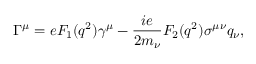
\Gamma ^ { \mu } = e F _ { 1 } ( q ^ { 2 } ) \gamma ^ { \mu } - \frac { i e } { 2 m _ { \nu } } F _ { 2 } ( q ^ { 2 } ) \sigma ^ { \mu \nu } q _ { \nu } ,